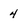
Character: 4